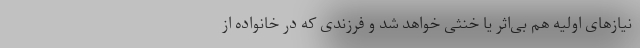
نیازهای اولیه هم بی‌اثر یا خنثی خواهد شد و فرزندی که در خانواده از